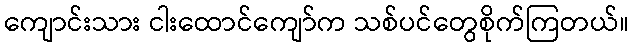
ကျောင်းသား ငါးထောင်ကျော်က သစ်ပင်တွေစိုက်ကြတယ်။